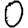
Digit: 0